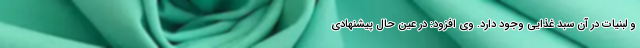
و لبنیات در آن سبد غذایی وجود دارد. وی افزود: در عین حال پیشنهادی